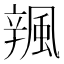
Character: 𨐦